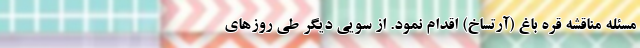
مسئله مناقشه قره باغ (آرتساخ) اقدام نمود. از سویی دیگر طی روز‌های